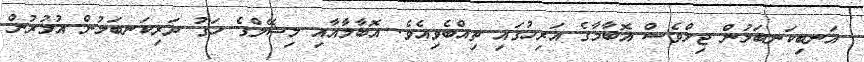
އަނބިކަނބަލުން ޖިލްވެސް އޮބާމާގެ އަރިހުގައި ތިއްބެވިއެވެ. އޮބާމާއާއި މިޝޭލްގެ ހަގު ދަރިކަނބަލުން އުމުރުން